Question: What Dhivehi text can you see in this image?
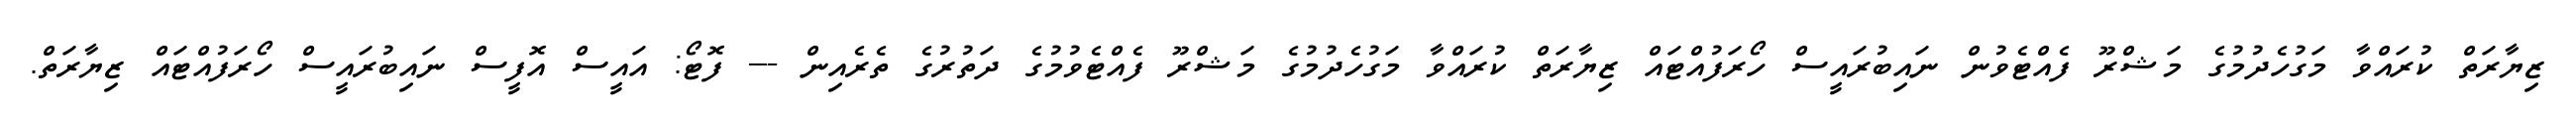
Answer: ޒިޔާރަތް ކުރައްވާ މަގުހެދުމުގެ މަޝްރޫ ފެއްޓެވުން ނައިބުރައީސް ހޯރަފުއްޓައް ޒިޔާރަތް ކުރައްވާ މަގުހެދުމުގެ މަޝްރޫ ފެއްޓެވުމުގެ ދަތުރުގެ ތެރެއިން --- ފޮޓޯ: އައީސް އޮފީސް ނައިބުރައީސް ހޯރަފުއްޓައް ޒިޔާރަތް.